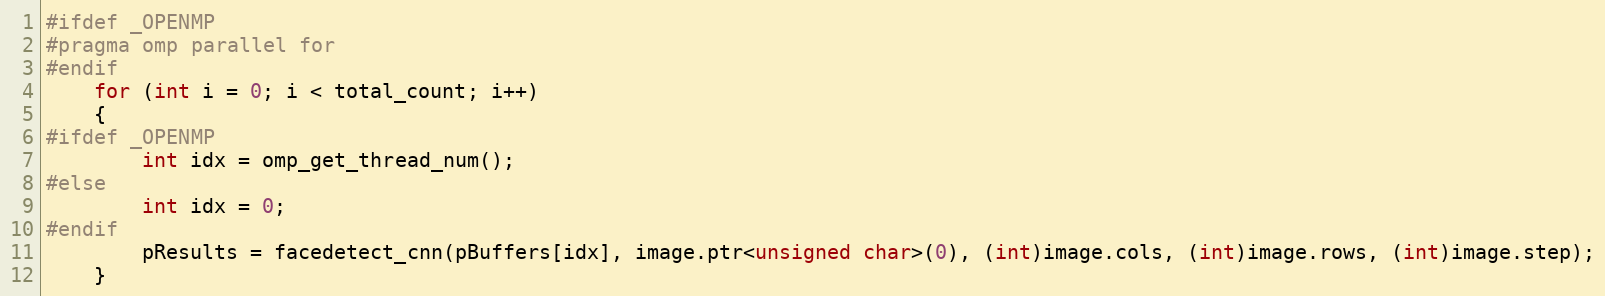
Language: C++
#ifdef _OPENMP
#pragma omp parallel for
#endif
    for (int i = 0; i < total_count; i++)
    {
#ifdef _OPENMP
        int idx = omp_get_thread_num();
#else
        int idx = 0;
#endif
        pResults = facedetect_cnn(pBuffers[idx], image.ptr<unsigned char>(0), (int)image.cols, (int)image.rows, (int)image.step);
    }